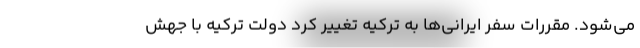
می‌شود. مقررات سفر ایرانی‌ها به ترکیه تغییر کرد دولت ترکیه با جهش